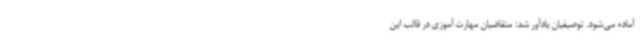
آماده می‌شود. توصیفیان یادآور شد: متقاضیان مهارت آموزی در قالب این